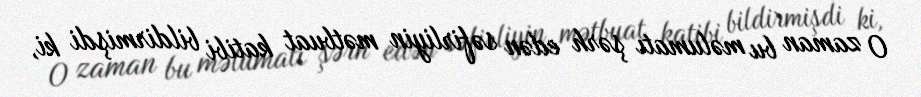
O zaman bu məlumatı şərh edən səfirliyin mətbuat katibi bildirmişdi ki,